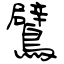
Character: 鷿